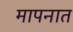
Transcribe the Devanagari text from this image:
मापनात